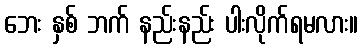
ဘေး နှစ် ဘက် နည်းနည်း ပါးလိုက်ရမလား။